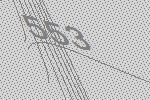
553